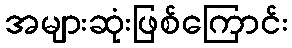
အများဆုံးဖြစ်ကြောင်း